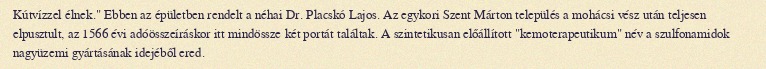
Kútvízzel élnek." Ebben az épületben rendelt a néhai Dr. Placskó Lajos. Az egykori Szent Márton település a mohácsi vész után teljesen elpusztult, az 1566 évi adóösszeíráskor itt mindössze két portát találtak. A szintetikusan előállított "kemoterapeutikum" név a szulfonamidok nagyüzemi gyártásának idejéből ered.